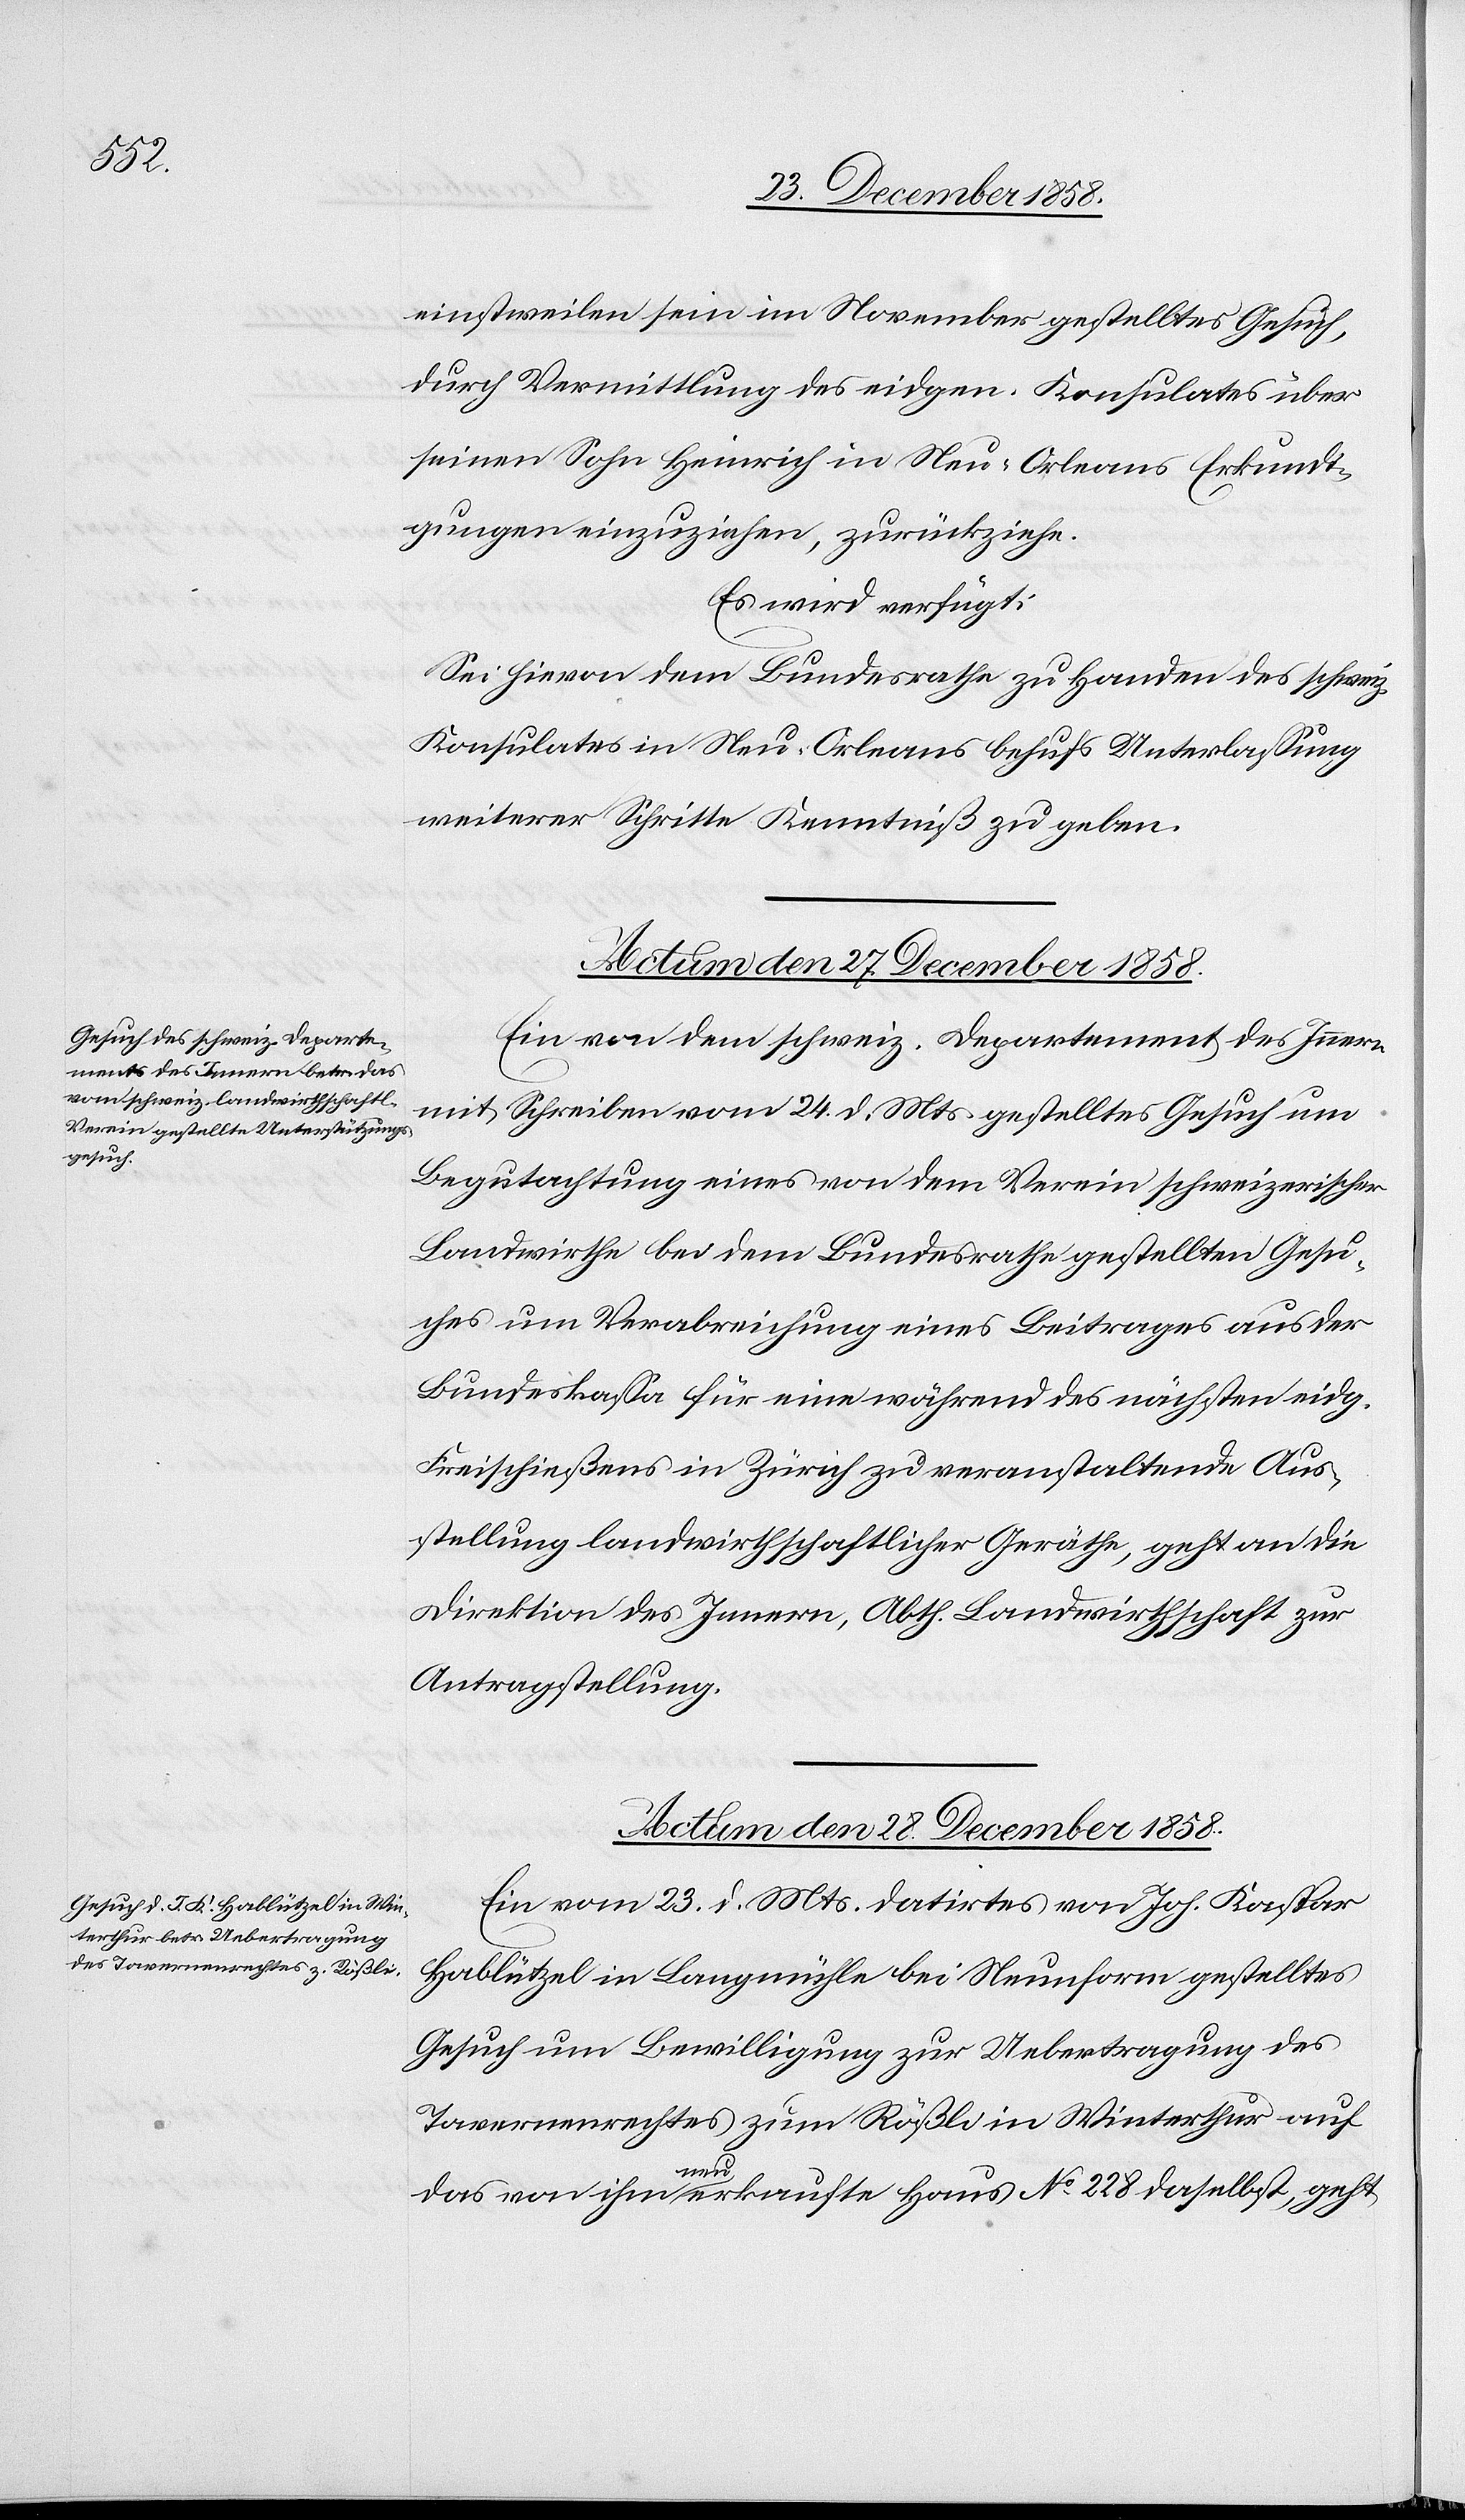
Direkt¬
Besuches

ionen.